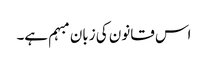
اس قانون کی زبان مبہم ہے۔